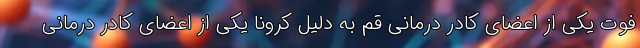
فوت یکی از اعضای کادر درمانی قم به دلیل کرونا یکی از اعضای کادر درمانی